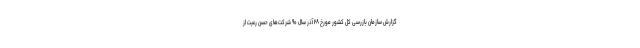
گزارش سازمان بازرسی کل کشور مورخ ۲۸ آذر سال ۹۰ شرکت‌های حسن رعیت از